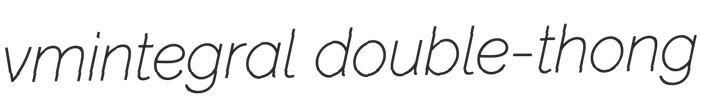
vmintegral double-thong